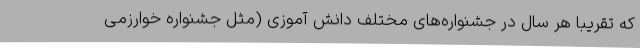
که تقریبا هر سال در جشنواره‌های مختلف دانش آموزی (مثل جشنواره خوارزمی